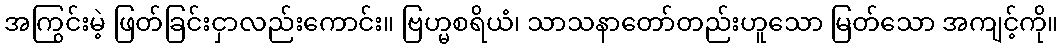
အကြွင်းမဲ့ ဖြတ်ခြင်းငှာလည်းကောင်း။ ဗြဟ္မစရိယံ၊ သာသနာတော်တည်းဟူသော မြတ်သော အကျင့်ကို။